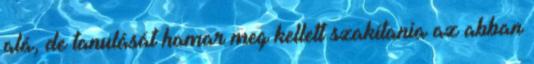
alá, de tanulását hamar meg kellett szakítania az abban